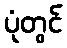
ပုံတွင်